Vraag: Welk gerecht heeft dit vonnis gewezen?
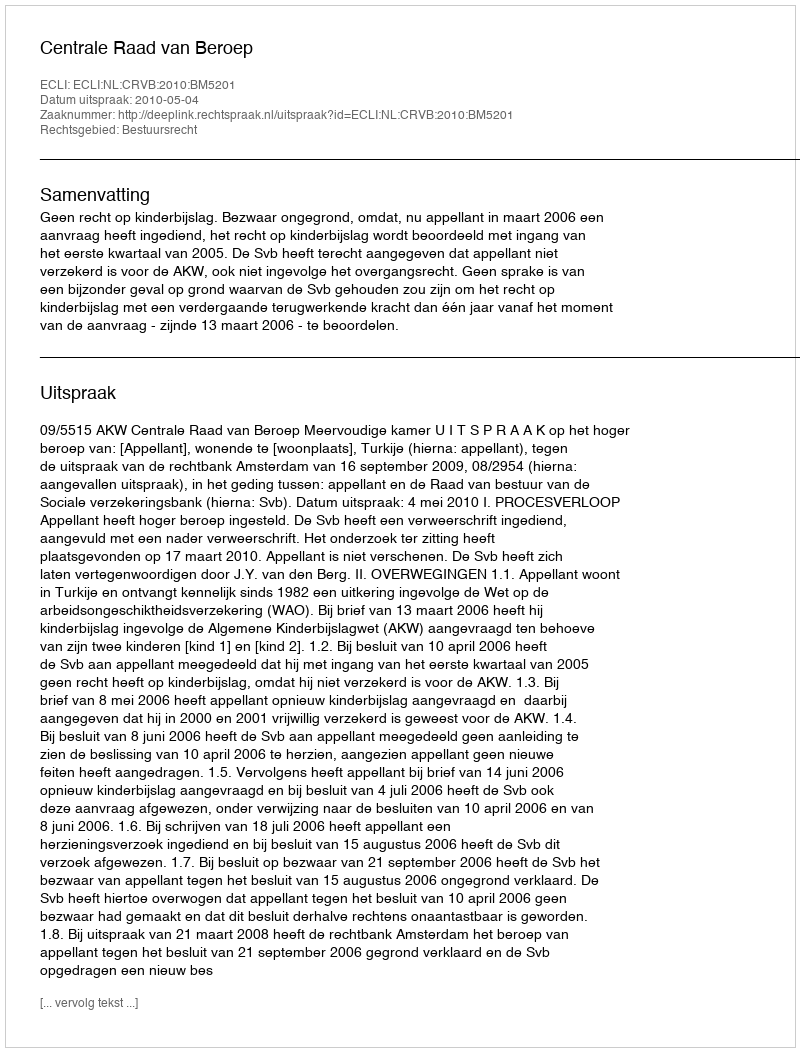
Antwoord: Centrale Raad van Beroep